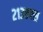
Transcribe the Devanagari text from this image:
२१३एक्स